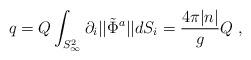
LaTeX: \begin{align*}q = Q \int_{S^2_\infty}{\partial_i ||\tilde{\Phi}^a ||}dS_i =\frac{4 \pi |n| }{g} Q \ , \end{align*}